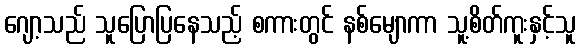
ဂျော့သည် သူပြောပြနေသည့် စကားတွင် နစ်မျောကာ သူ့စိတ်ကူးနှင့်သူ